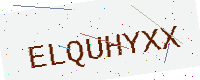
Text: ELQUHYXX